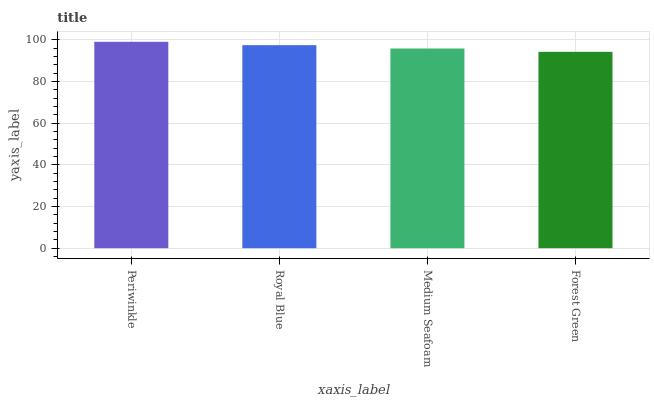
| xaxis_label | bars |
 | --- | --- |
 | Periwinkle | 99 |
 | Royal Blue | 97.4 |
 | Medium Seafoam | 95.8 |
 | Forest Green | 94.2 |